Medical and sanitary report of the native army of Madras for the year
Year: 1878
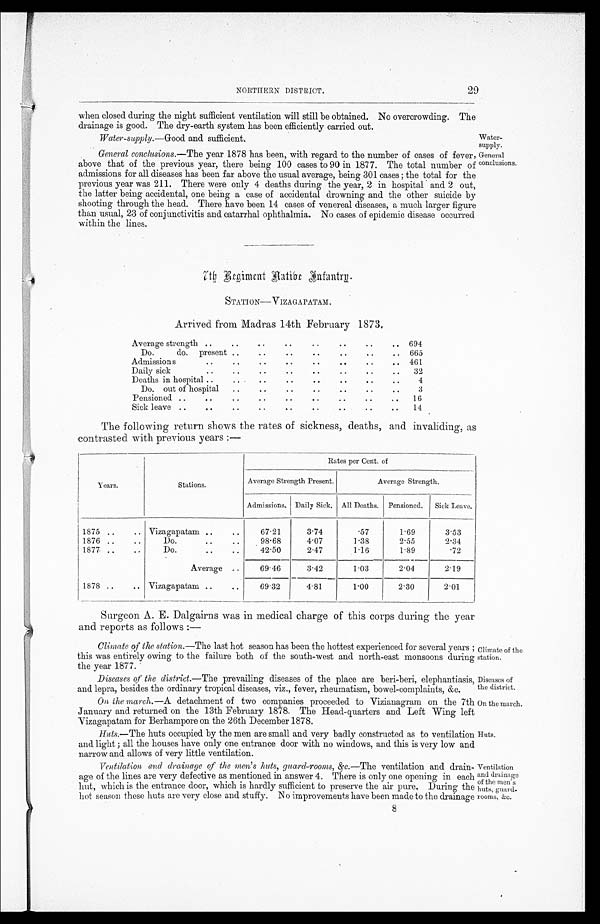
NORTHERN DISTRICT.
when closed during the night sufficient ventilation will still be obtained. No overcrowding. The
drainage is good. The dry-earth system has been efficiently carried out.
Water-supply.—Good and sufficient.
General conclusions .—The year 1878 has been, with regard to the number of cases of fever,
above that of the previous year, there being 100 cases to 90 in 1877. The total number of
admissions for all diseases has been far above the usual average, being 301 cases ; the total for the
previous year was 211. There were only 4 deaths during the year, 2 in hospital and 2 out,
the latter being accidental, one being a case of accidental drowning and the other suicide by
shooting through the head. There have been 14 cases of venereal diseases, a much larger figure
than usual, 23 of conjunctivitis and catarrhal ophthalmia. No cases of epidemic disease occurred
within the lines.
Water-
supply.
General
conclusions.
7th Regiment Native Infantry.
STATION—VIZAGAPATAM.
Arrived from Madras 14th February 1873.
Average strength ..
..
..
..
..
..
. .
.. 694
Do.
do. present
. .
..
. .
..
. .
..
.. 665
Admissions
..
. .
. .
. .
..
..
. .
. .
461
Daily sick
..
..
..
..
. .
..
..
.. 32
Deaths in hospital ..
. .
. .
..
. .
..
..
..
4
Do, out of hospital ..
..
..
..
..
..
..
3
Pensioned ..
..
..
..
. .
..
..
..
.. 16
Sick leave ..
..
. .
..
..
..
..
..
.. 14
The following return shows the rates of sickness, deaths, and invaliding, as
contrasted with previous years :—
Years.
Stations.
Rates per Cent. of
Strength Present.
A v e r a g e S t r e n g t h .
Admissions. Daily Sick. All Deaths. Pensioned, Sick Leave.
1875 ..
.. Vizagapatam ..
..
67.21
3.74
.57
1.69
3.53
1876 ..
. .
Do.
..
98.68
4.07
1.38
2.55
2.34
1877 ..
..
Do.
..
..
42.50
2.47
1.16
1.89
.72
A v e r a g e Average ..
69.46
3.42
1.03
2.04
2.19
1878 ..
.. Vizagapatam ..
..
69.32
4.81
1.00
2.30
2.01
Surgeon A. E. Dalgairns was in medical charge of this corps during the year
and reports as follows :—
Climate of the station .—The last hot season has been the hottest experienced for several years ;
this was entirely owing to the failure both of the south-west and north-east monsoons during
the year 1877.
Diseases of the district .—The prevailing diseases of the place are beri-beri, elephantiasis,
and lepra, besides the ordinary tropical diseases, viz., fever, rheumatism, bowel-complaints, &c.
On the march .—A detachment of two companies proceeded to Vizianagram on the 7th
January and returned on the 13th February 1878. The Head-quarters and Left Wing left
Vizagapatam for Berhampore on the 26th December 1878.
Huts
.—The huts occupied by the men are small and very badly constructed as to ventilation
and light ; all the houses have only one entrance door with no windows, and this is very low and
narrow and allows of very little ventilation.
Ventilation and drainage of the men's huts, guard-rooms, &c .—The ventilation and drain-
age of the lines are very defective as mentioned in answer 4. There is only one opening in each
hut, which is the entrance door, which is hardly sufficient to preserve the air pure, During the
et season these huts are very close and stuffy. No improvements have been made to the drainage
8
Climate of the
station.
Diseases of
the district.
On the march.
Huts.
Ventilation
and drainage
of the men's
huts, guard-
rooms, &c.